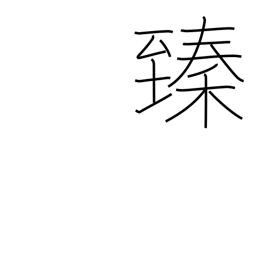
Meaning: reach